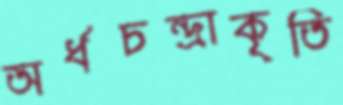
অর্ধচন্দ্রাকৃতি